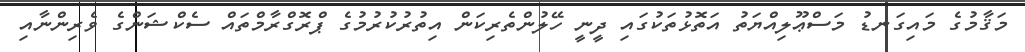
މަޤާމުގެ މައިގަނޑު މަސްޢޫލިއްޔަތު އަތޮޅުތަކުގައި ދީނީ ހޭލުންތެރިކަން އިތުރުކުރުމުގެ ޕްރޮގްރާމްތައް ސެކްޝަންގެ ވެރިންނާއި